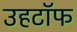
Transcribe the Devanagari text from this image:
उहटॉफ